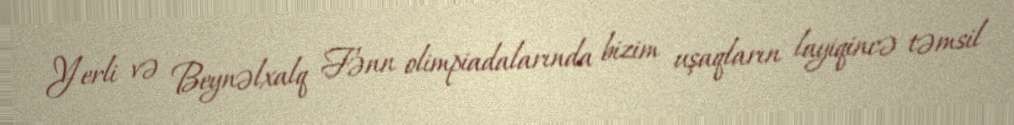
Yerli və Beynəlxalq Fənn olimpiadalarında bizim uşaqların layiqincə təmsil